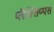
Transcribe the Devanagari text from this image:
प्लैक्सिप्पस